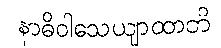
နာဓိဝါသေယျာထာတိ